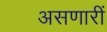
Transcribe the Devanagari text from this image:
असणारीं